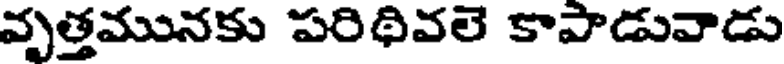
వృత్తమునకు పరిథివలె కాపాడువాడు